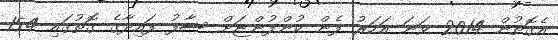
އެގޮތުން 2014 ވަނަ އަހަރު ފެން ކުންފުންޏަށް ސާފު ފައިދާގެ ގޮތުގައި 154